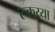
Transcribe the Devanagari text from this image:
रुकय्या